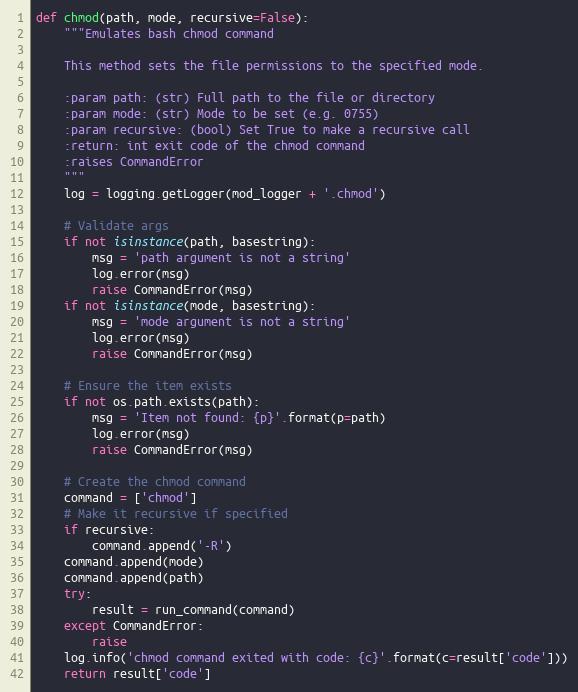
Language: Python
def chmod(path, mode, recursive=False):
    """Emulates bash chmod command

    This method sets the file permissions to the specified mode.

    :param path: (str) Full path to the file or directory
    :param mode: (str) Mode to be set (e.g. 0755)
    :param recursive: (bool) Set True to make a recursive call
    :return: int exit code of the chmod command
    :raises CommandError
    """
    log = logging.getLogger(mod_logger + '.chmod')

    # Validate args
    if not isinstance(path, basestring):
        msg = 'path argument is not a string'
        log.error(msg)
        raise CommandError(msg)
    if not isinstance(mode, basestring):
        msg = 'mode argument is not a string'
        log.error(msg)
        raise CommandError(msg)

    # Ensure the item exists
    if not os.path.exists(path):
        msg = 'Item not found: {p}'.format(p=path)
        log.error(msg)
        raise CommandError(msg)

    # Create the chmod command
    command = ['chmod']
    # Make it recursive if specified
    if recursive:
        command.append('-R')
    command.append(mode)
    command.append(path)
    try:
        result = run_command(command)
    except CommandError:
        raise
    log.info('chmod command exited with code: {c}'.format(c=result['code']))
    return result['code']